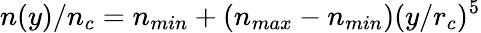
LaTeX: n(y)/n_{c}=n_{min}+(n_{max}-n_{min})(y/r_{c})^{5}